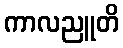
ကာလညူတိ